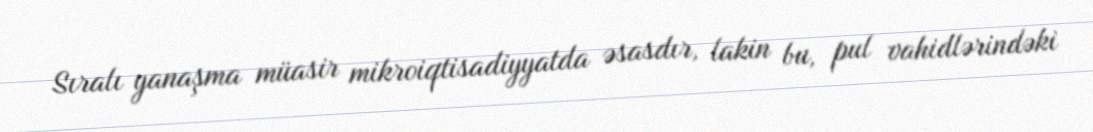
Sıralı yanaşma müasir mikroiqtisadiyyatda əsasdır, lakin bu, pul vahidlərindəki